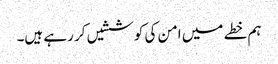
ہم خطے میں امن کی کوششیں کر رہے ہیں۔